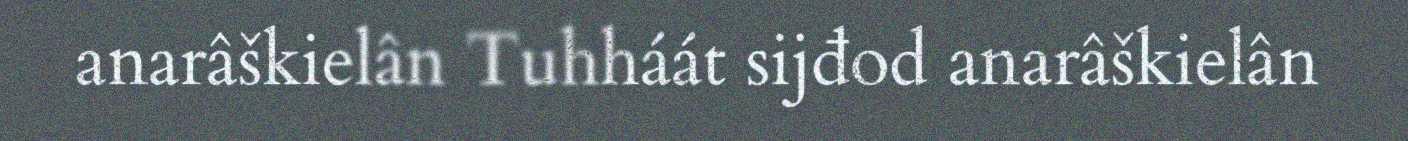
anarâškielân Tuhháát sijđod anarâškielân